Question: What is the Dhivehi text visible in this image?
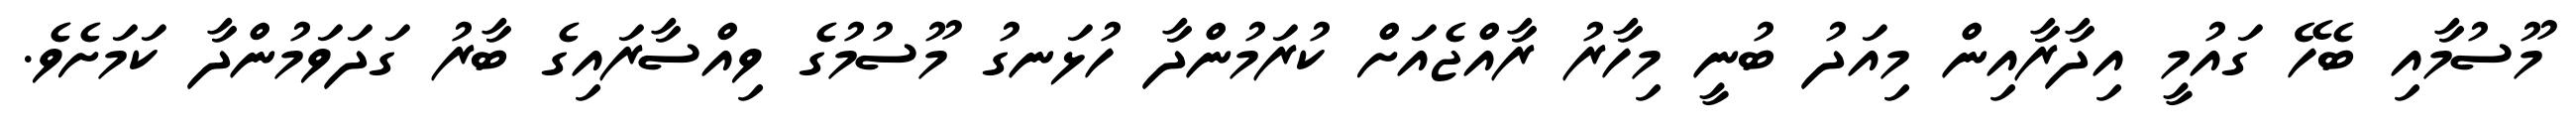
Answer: މޫސުމާއި ބެހޭ ގައުމީ އިދާރާއިން މިއަދު ބުނީ މިހާރު ރާއްޖެއަށް ކުރަމުންދާ ހުޅަނގު މޫސުމުގެ ވިއްސާރައިގެ ބާރު ގަދަވަމުންދާ ކަމަށެވެ.